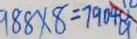
9 8 8 \times 8 = 7 9 0 4 a